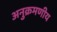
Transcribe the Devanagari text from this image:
अनुक्रमणीय